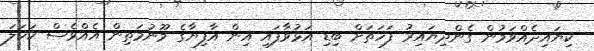
ކިޔައިދެއްވަމުން ގެންދިޔައިރު ފަހަތަށް ބިޑި އަޅުވާފައި އިން އާފިޔާގެ މޫނުމަތިން އެއްވެސް ކަހަލަ